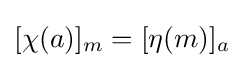
[\chi (a)]_{m}=[\eta (m)]_{a}